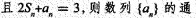
且$$2 S _ { n } + a _ { n } = 3$$，则数列{a_{n} }的通